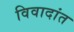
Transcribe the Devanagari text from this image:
विवादांत